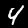
Digit: 4